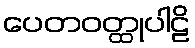
ပေတဝတ္ထုပါဠိ